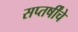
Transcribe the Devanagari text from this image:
सप्तर्षींचे